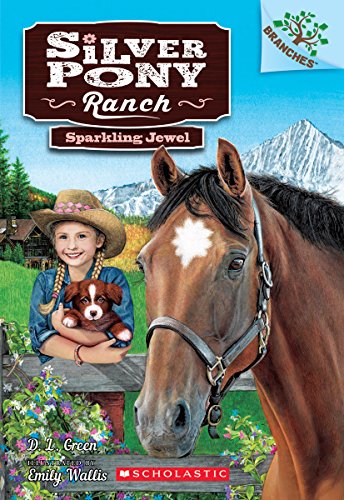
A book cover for Sparkling Jewel: A Branches Book (Silver Pony Ranch #1); D.L. Green; Children's Books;